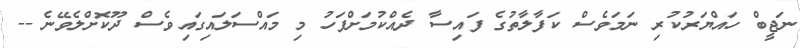
ނަޖީބް ހައްޔަރުކުރި ނަމަވެސް ކަފާލާތުގެ ފައިސާ ދެއްކުމަށްފަހު މި މައްސަލައިގައިވެސް ދޫކޮށްލެވޭނެ --